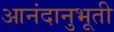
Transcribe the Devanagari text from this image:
आनंदानुभूती